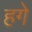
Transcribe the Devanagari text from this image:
हगे